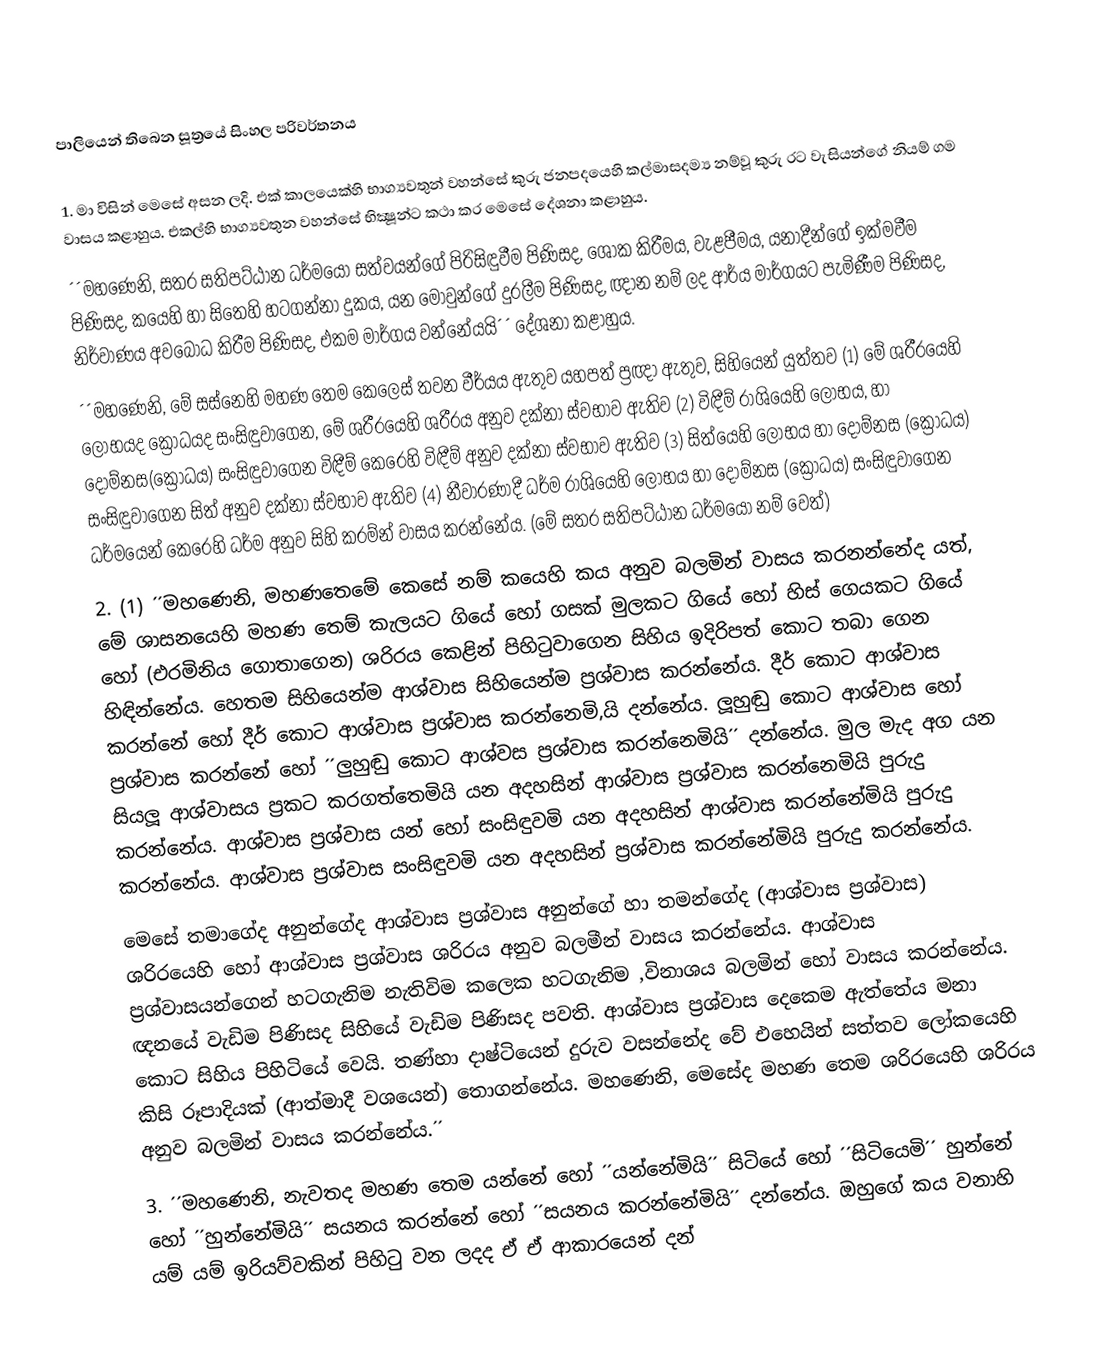
පාලියෙන් තිබෙන සූත්‍රයේ සිංහල පරිවර්තනය

1. මා විසින් මෙසේ අසන ලදි. එක් කාලයෙක්හි භාග්‍යවතුන් වහන්සේ කුරු ජනපදයෙහි කල්මාසදම්‍ය නම්වූ කුරු රට වැසියන්ගේ නියම් ගම වාසය කළාහුය. එකල්හි භාග්‍යවතුන වහන්සේ භික්‍ෂූන්ට කථා කර මෙසේ දේශනා කළාහුය.
´´මහණෙනි, සතර සතිපට්ඨාන ධර්මයෝ සත්වයන්ගේ පිරිසිඳුවීම පිණිසද, ශෝක කිරීමය, වැළපීමය, යනාදීන්ගේ ඉක්මවීම පිණිසද, කයෙහි හා සිතෙහි හටගන්නා දුකය, යන මොවුන්ගේ දුරලීම පිණිසද, ඥාන නම් ලද ආර්ය මාර්ගයට පැමිණීම පිණිසද, නිර්වාණය අවබෝධ කිරීම පිණිසද, එකම මාර්ගය වන්නේයයි´´ දේශනා කළාහුය.
´´මහණෙනි, මේ සස්නෙහි මහණ තෙම කෙලෙස් තවන වීර්යය ඇතුව යහපත් ප්‍රඥා ඇතුව, සිහියෙන් යුත්තව (1) මේ ශරීරයෙහි ලෝභයද ක්‍රෝධයද සංසිඳුවාගෙන, මේ ශරීරයෙහි ශරීරය අනුව දක්නා ස්වභාව ඇතිව (2) විඳීම් රාශියෙහි ලෝභය, හා දොම්නස(ක්‍රෝධය) සංසිඳුවාගෙන විඳීම් කෙරෙහි විඳීම් අනුව දක්නා ස්වභාව ඇතිව (3) සිත්යෙහි ලෝභය හා දොම්නස (ක්‍රෝධය) සංසිඳුවාගෙන සිත් අනුව දක්නා ස්වභාව ඇතිව (4) නීවාරණාදී ධර්ම රාශියෙහි ලෝභය හා දෝම්නස (ක්‍රෝධය) සංසිඳුවාගෙන ධර්මයෙන් කෙරෙහි ධර්ම අනුව සිහි කරම්න් වාසය කරන්නේය. (මේ සතර සතිපට්ඨාන ධර්මයෝ නම් වෙත්)
2. (1) ´´මහණෙනි, මහණතෙමේ කෙසේ නම් කයෙහි කය අනුව බලමින් වාසය කරනන්නේද යත්, මේ ශාසනයෙහි මහණ තෙම් කැලයට ගියේ හෝ ගසක් මුලකට ගියේ හෝ හිස් ගෙයකට ගියේ හෝ (එරමිනිය ගොතාගෙන) ශරිරය කෙළින් පිහිටුවාගෙන සිහිය ඉදිරිපත් කොට තබා ගෙන හිඳින්නේය. හෙතම සිහියෙන්ම ආශ්වාස සිහියෙන්ම ප්‍රශ්වාස කරන්නේය. දීර් කොට ආශ්වාස කරන්නේ හෝ දීර් කොට ආශ්වාස ප්‍රශ්වාස කරන්නෙමි,යි දන්නේය. ලූහුඬු කොට ආශ්වාස හෝ ප්‍රශ්වාස කරන්නේ හෝ ´´ලුහුඬු කොට ආශ්වස ප්‍රශ්වාස කරන්නෙමියි´´ දන්නේය. මුල මැද අග යන සියලූ ආශ්වාසය ප්‍රකට කරගත්තෙමියි යන අදහසින් ආශ්වාස ප්‍රශ්වාස කරන්නෙමියි පුරුදු කරන්නේය. ආශ්වාස ප්‍රශ්වාස යන් හෝ සංසිඳුවමි යන අදහසින් ආශ්වාස කරන්නේමියි පුරුදු කරන්නේය. ආශ්වාස ප්‍රශ්වාස සංසිඳුවමි යන අදහසින් ප්‍රශ්වාස කරන්නේමියි පුරුදු කරන්නේය.
මෙසේ තමාගේද අනුන්ගේද ආශ්වාස ප්‍රශ්වාස අනුන්ගේ හා තමන්ගේද (ආශ්වාස ප්‍රශ්වාස) ශරිරයෙහි හෝ ආශ්වාස ප්‍රශ්වාස ශරිරය අනුව බලමීන් වාසය කරන්නේය. ආශ්වාස ප්‍රශ්වාසයන්ගෙන් හටගැනිම නැතිවිම කලෙක හටගැනිම ,විනාශය බලමින් හෝ වාසය කරන්නේය. ඥනයේ වැඩිම පිණිසද සිහියේ වැඩිම පිණිසද පවති. ආශ්වාස ප්‍රශ්වාස දෙකෙම ඇත්තේය මනා කොට සිහිය පිහිටියේ වෙයි. තණ්හා දාෂ්ටියෙන් දුරුව වසන්නේද වේ එහෙයින් සත්තව ලෝකයෙහි කිසි රූපාදියක් (ආත්මාදී වශයෙන්) තොගන්නේය. මහණෙනි, මෙසේද මහණ තෙම ශරිරයෙහි ශරිරය අනුව බලමින් වාසය කරන්නේය.´´
3. ´´මහණෙනි, නැවතද මහණ තෙම යන්නේ හෝ ´´යන්නේමියි´´ සිටියේ හෝ ´´සිටියෙමි´´ හුන්නේ හෝ ´´හුන්නේමියි´´ සයනය කරන්නේ හෝ ´´සයනය කරන්නේමියි´´ දන්නේය. ඔහුගේ කය වනාහි යම් යම් ඉරියව්වකින් පිහිටු වන ලදද ඒ ඒ ආකාරයෙන් දන්